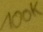
Text: 100K